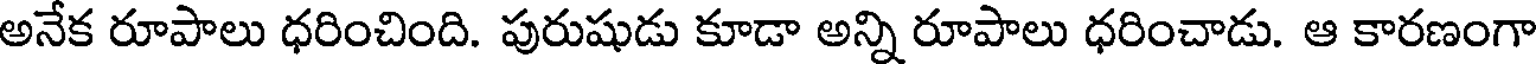
అనేక రూపాలు ధరించింది. పురుషుడు కూడా అన్ని రూపాలు ధరించాడు. ఆ కారణంగా